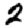
Digit: 2